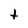
Character: t